Report of the Indian Hemp Drugs Commission, 1894-1895 - Volume V
Year: 1894
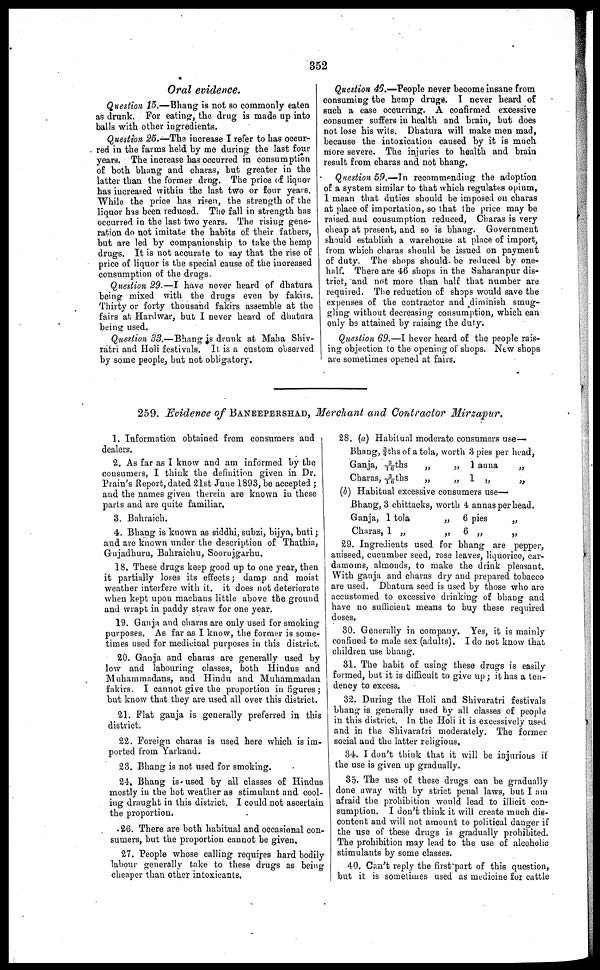
352
Oral evidence.
Question 15.—Bhang is not so commonly eaten
as drank. For eating, the drug is made up into
balls with other ingredients.
Question 25.—The increase I refer to has occur-
red in the farms held by me during the last four
years. The increase has occurred in consumption
of both bhang and charas, but greater in the
latter than the former drug. The price of liquor
has increased within the last two or four years.
While the price has risen, the strength of the
liquor has been reduced. The fall in strength has
occurred in the last two years. The rising gene-
ration do not imitate the habits of their fathers,
but are led by companionship to take the hemp
drugs. It is not accurate to say that the rise of
price of liquor is the special cause of the increased
consumption of the drugs.
Question 29.—I have never heard of dhatura
being mixed with the drugs even by fakirs.
Thirty or forty thousand fakirs assemble at the
fairs at Hardwar, bub I never heard of dhatura
being used.
Question 33.—Bhang is drunk at Maha Shiv-
ratri and Holi festivals. It is a custom observed
by some people, but not obligatory.
Question 46.—People never become insane from
consuming the hemp drugs. I never heard of
such a case occurring. A confirmed excessive
consumer suffers in health and brain, but does
hot lose his wits. Dhatura will make men mad,
because the intoxication caused by it is much
more severe. The injuries to health and brain
result from charas and not bhang.
Question 59.—In recommending the adoption
of a system similar to that which regulates opium,
I mean that duties should be imposed on charas
at place of importation, so that the price may be
raised and consumption reduced, Charas is very
cheap at present, and so is bhang. Government
should establish a warehouse at place of import,
from which charas should be issued on payment
of duty. The shops should be reduced by one-
half. There are 46 shops in the Saharanpur dis-
trict, and not more than half that number are
required. The reduction of shops would save the
expenses of the contractor and diminish smug-
gling without decreasing consumption, which can
only be attained by raising the duty.
Question 69.—I hever heard of the people rais-
ing objection to the opening of shops. New shops
are sometimes opened at fairs.
259. Evidence of BANEEPERSHAD, Merchant and Contractor Mirzapur.
1. Information obtained from consumers and
dealers.
2. As far as I know and am informed by the
consumers, I think the definition given in Dr.
Prain's Report, dated 21st June 1893, be accepted ;
and the names given therein are known in these
parts and are quite familiar.
3. Bahraich.
4. Bhang is known as siddhi, subzi, bijya, buti ;
and are known under the description of Thathia,
Gujadhuru, Bahraichu, Soorujgarhu.
18. These drugs keep good up to one year, then
it partially loses its effects ; damp and moist
weather interfere with it. it does not deteriorate
when kept upon machans little above the ground
and wrapt in paddy straw for one year.
19. Ganja and charas are only used for smoking
purposes. As far as I know, the former is some-
times used for medicinal purposes in this district.
20. Ganja and charas are generally used by
low and labouring classes, both Hindus and
Muhammadans, and Hindu and Muhammadan
fakirs. I cannot give the proportion in figures ;
but know that they are used all over this district.
21. Flat ganja is generally preferred in this
district.
22. Foreign charas is used here which is im-
ported from Yarkand.
23. Bhang is not used for smoking.
24. Bhang is used by all classes of Hindus
mostly in the hot weather as stimulant and cool-
ing draught in this district. I could not ascertain
the proportion.
26. There are both habitual and occasional con-
sumers, but the proportion cannot be given,
27. People whose calling requires hard bodily
labour generally take to these drugs as being
cheaper than other intoxicants.
28. (a) Habitual moderate consumers use-
Bhang, ¾ths of a tola, worth 3 pies per head,
Ganja, 3/16ths
Charas, 3/16ths
„
„
„ 1 anna
„ 1 „
„
„
(b) Habitual excessive consumers use-
Bhang, 3 chittacks, worth 4 annas per head.
Ganja, 1 tola
Charas, 1 „
„
„
6 pies
6 „
„
„
29. Ingredients used for bhang are pepper,
aniseed, cucumber seed, rose leaves, liquorice, car-
damoms, almonds, to make the drink pleasant.
With ganja and charas dry and prepared tobacco
are used. Dhatura seed is used by those who are
accustomed to excessive drinking of bhang and
have no sufficient means to buy these required
doses.
30. Generally in company. Yes, it is mainly
confined to male sex (adults). I do not know that
children use bhang.
31. The habit of using these drugs is easily
formed, but it is difficult to give up ; it has a ten-
dency to excess.
32. During the Holi and Shivaratri festivals
bhang is generally used by all classes of people
in this district. In the Holi it is excessively used
and in the Shivaratri moderately. The former
social and the latter religious.
34. I don't think that it will be injurious if
the use is given up gradually.
35. The use of these drugs can be gradually
done away with by strict penal laws, but I am
afraid the prohibition would lead to illicit con-
sumption. I don't think it will create much dis-
content and will not amount to political danger if
the use of these drugs is gradually prohibited.
The prohibition may lead to the use of alcoholic
stimulants by some classes.
40. Can't reply the first part of this question,
but it is sometimes used as medicine for cattle